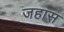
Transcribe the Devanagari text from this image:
जहास